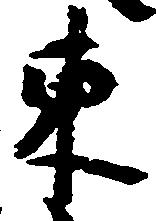
東